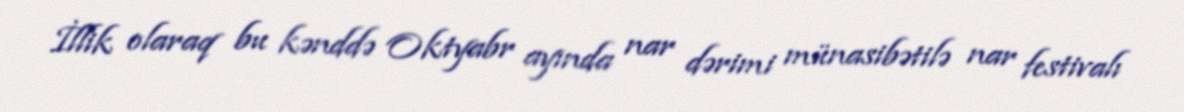
İllik olaraq bu kənddə Oktyabr ayında nar dərimi münasibətilə nar festivalı